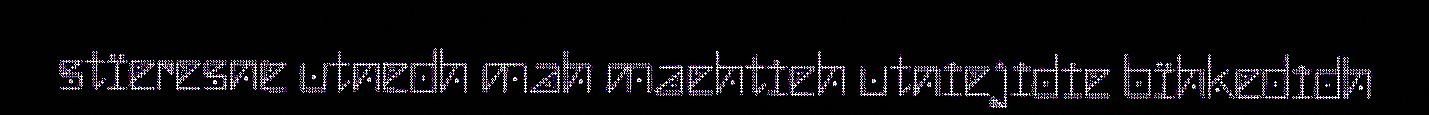
stïeresne utnedh mah maehtieh utniejidie bïhkedidh